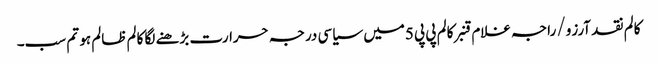
کالم	نقد آرزو/ راجہ غلام قنبر	کالم	پی پی 5میں سیاسی درجہ حرارت بڑھنے لگا	کالم	ظالم ہو تم سب۔